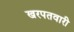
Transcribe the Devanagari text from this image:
खरपतवारी